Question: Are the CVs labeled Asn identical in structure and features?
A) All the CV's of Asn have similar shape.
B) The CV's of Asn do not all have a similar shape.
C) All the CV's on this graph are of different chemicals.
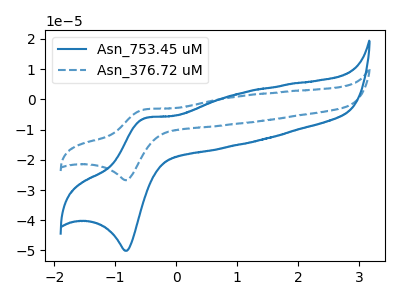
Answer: <think>The blue curve "Asn_753.45 uM" has an anodic peak at (-0.50V, -6.20uA) and a cathodic peak at (-0.80V, -50.10uA). The blue dashed curve "Asn_376.72 uM" has an anodic peak at (-0.50V, -3.30uA) and a cathodic peak at (-0.80V, -26.75uA).
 All the peaks in "Asn_753.45 uM" have a peak in "Asn_376.72 uM" at the same potential.</think>
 <answer>A) All the CV's of "Asn" have similar shape.</answer>
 <eval>A</eval>